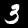
Digit: 3